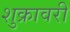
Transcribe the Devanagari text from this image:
शुक्रावरी